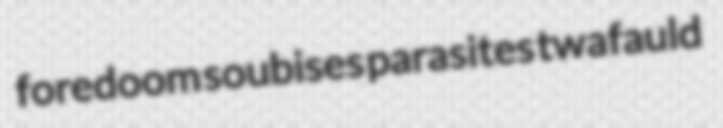
foredoom soubises parasites twafauld